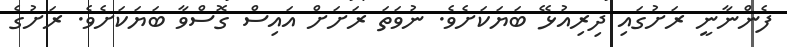
ފެންނާނީ ރަށުގައި ދިރިއުޅޭ ބަޔަކަށެވެ. ނުވަތަ ރަށަށް އައިސް ގޮސްވާ ބަޔަކަށެވެ. ރަށުގެ